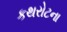
કથરોટના